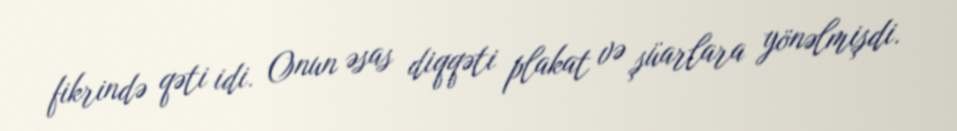
fikrində qəti idi. Onun əsas diqqəti plakat və şüarlara yönəlmişdi.